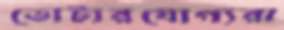
ভোটারযোগ্যরা